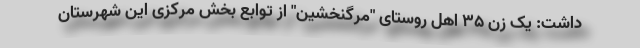
داشت: یک زن ۳۵ اهل روستای "مرگنخشین" از توابع بخش مرکزی این شهرستان